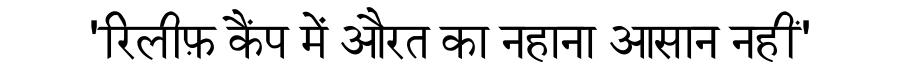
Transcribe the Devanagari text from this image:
'रिलीफ़ कैंप में औरत का नहाना आसान नहीं'